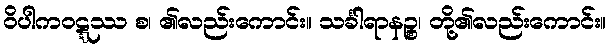
ဝိပါကဝဋ္ဋဿ စ၊ ၏လည်းကောင်း။ သင်္ခါရာနဉ္စ၊ တို့၏လည်းကောင်း။